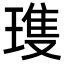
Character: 𪼌